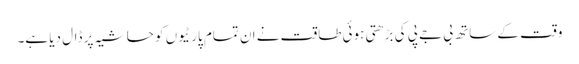
وقت کے ساتھ بی جے پی کی بڑھتی ہوئی طاقت نے ان تمام پارٹیوں کو حاشیہ پر ڈال دیا ہے۔